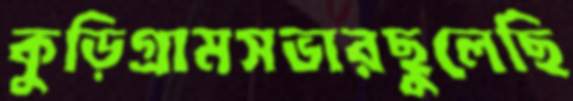
কুড়িগ্রামসভারছুলেছি